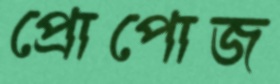
প্রোপোজ